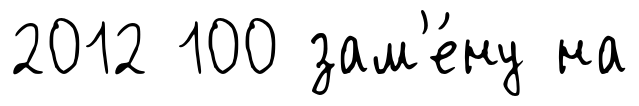
2012 100 зам'е́ну на